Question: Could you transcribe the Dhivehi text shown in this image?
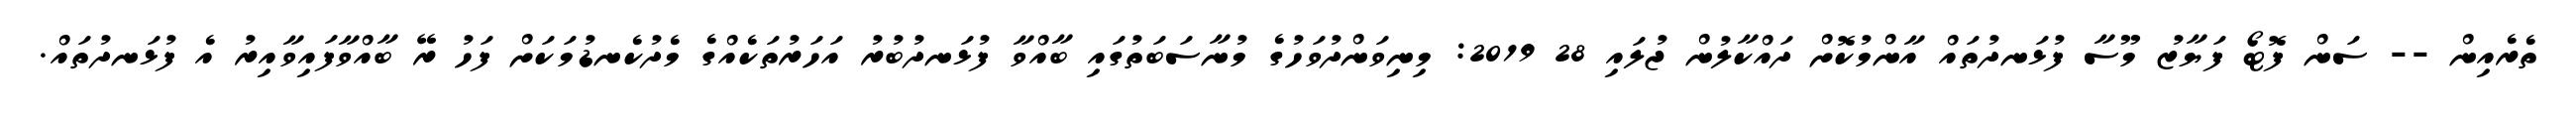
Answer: ތެރެއިން -- ސަން ފޮޓޯ ފަޔާޒު މޫސާ ފުޅަނދުތައް އާންމުކޮށް ދައްކާލުން ޖުލައި 28 2019: މިނިވަންދުވަހުގެ މުނާސަބަތުގައި ބާއްވާ ފުޅަނދުބުރު އަހަރުތަކެއްގެ މެދުކެނޑުމަކަށް ފަހު ރޭ ބާއްވާފައިވާއިރު އެ ފުޅަނދުތައް.